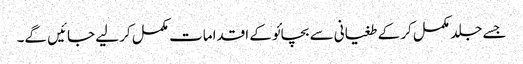
جسے جلد مکمل کر کے طغیانی سے بچائو کے اقدامات مکمل کر لیے جائیں گے۔